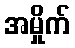
အမှိုက်